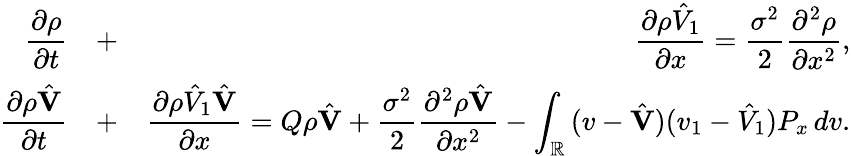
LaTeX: \begin{array}{rlr}{\displaystyle{\frac{\partial\rho}{\partial t}}}&{+}&{\displaystyle{\frac{\partial\rho\hat{V}_{1}}{\partial x}}=\frac{\sigma^{2}}{2}\displaystyle{\frac{\partial^{2}\rho}{\partial x^{2}}},}\\ {\displaystyle{\frac{\partial\rho\hat{\mathbf V}}{\partial t}}}&{+}&{\displaystyle{\frac{\partial\rho\hat{V}_{1}\hat{\mathbf V}}{\partial x}}=Q\rho\hat{\mathbf V}+\frac{\sigma^{2}}{2}\displaystyle{\frac{\partial^{2}\rho\hat{\mathbf V}}{\partial x^{2}}}-\int_{\mathbb R}\, (v-\hat{\mathbf V})(v_{1}-\hat{V}_{1})P_{x}\, dv.}\end{array}